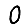
Digit: 0